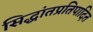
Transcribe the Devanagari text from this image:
सिद्धांतप्रतिपादित